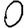
Digit: 0